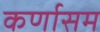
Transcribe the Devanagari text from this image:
कर्णासम